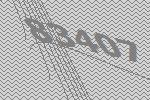
83407